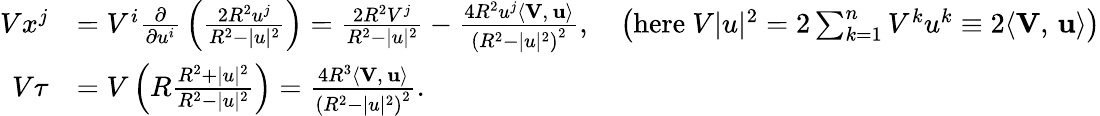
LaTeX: {\begin{array}{rl}{Vx^{j}}&{=V^{i}{\frac{\partial}{\partial u^{i}}}\left({\frac{2R^{2}u^{j}}{R^{2}-|u|^{2}}}\right)={\frac{2R^{2}V^{j}}{R^{2}-|u|^{2}}}-{\frac{4R^{2}u^{j}\langle\mathbf{V},\, \mathbf{u}\rangle}{\left(R^{2}-|u|^{2}\right)^{2}}},\quad\left({\mathrm{here~}}V|u|^{2}=2\sum_{k=1}^{n}V^{k}u^{k}\equiv 2\langle\mathbf{V},\, \mathbf{u}\rangle\right)}\\ {V\tau}&{=V\left(R{\frac{R^{2}+|u|^{2}}{R^{2}-|u|^{2}}}\right)={\frac{4R^{3}\langle\mathbf{V},\, \mathbf{u}\rangle}{\left(R^{2}-|u|^{2}\right)^{2}}}.}\end{array}}